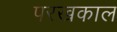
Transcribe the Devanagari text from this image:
परखकाल